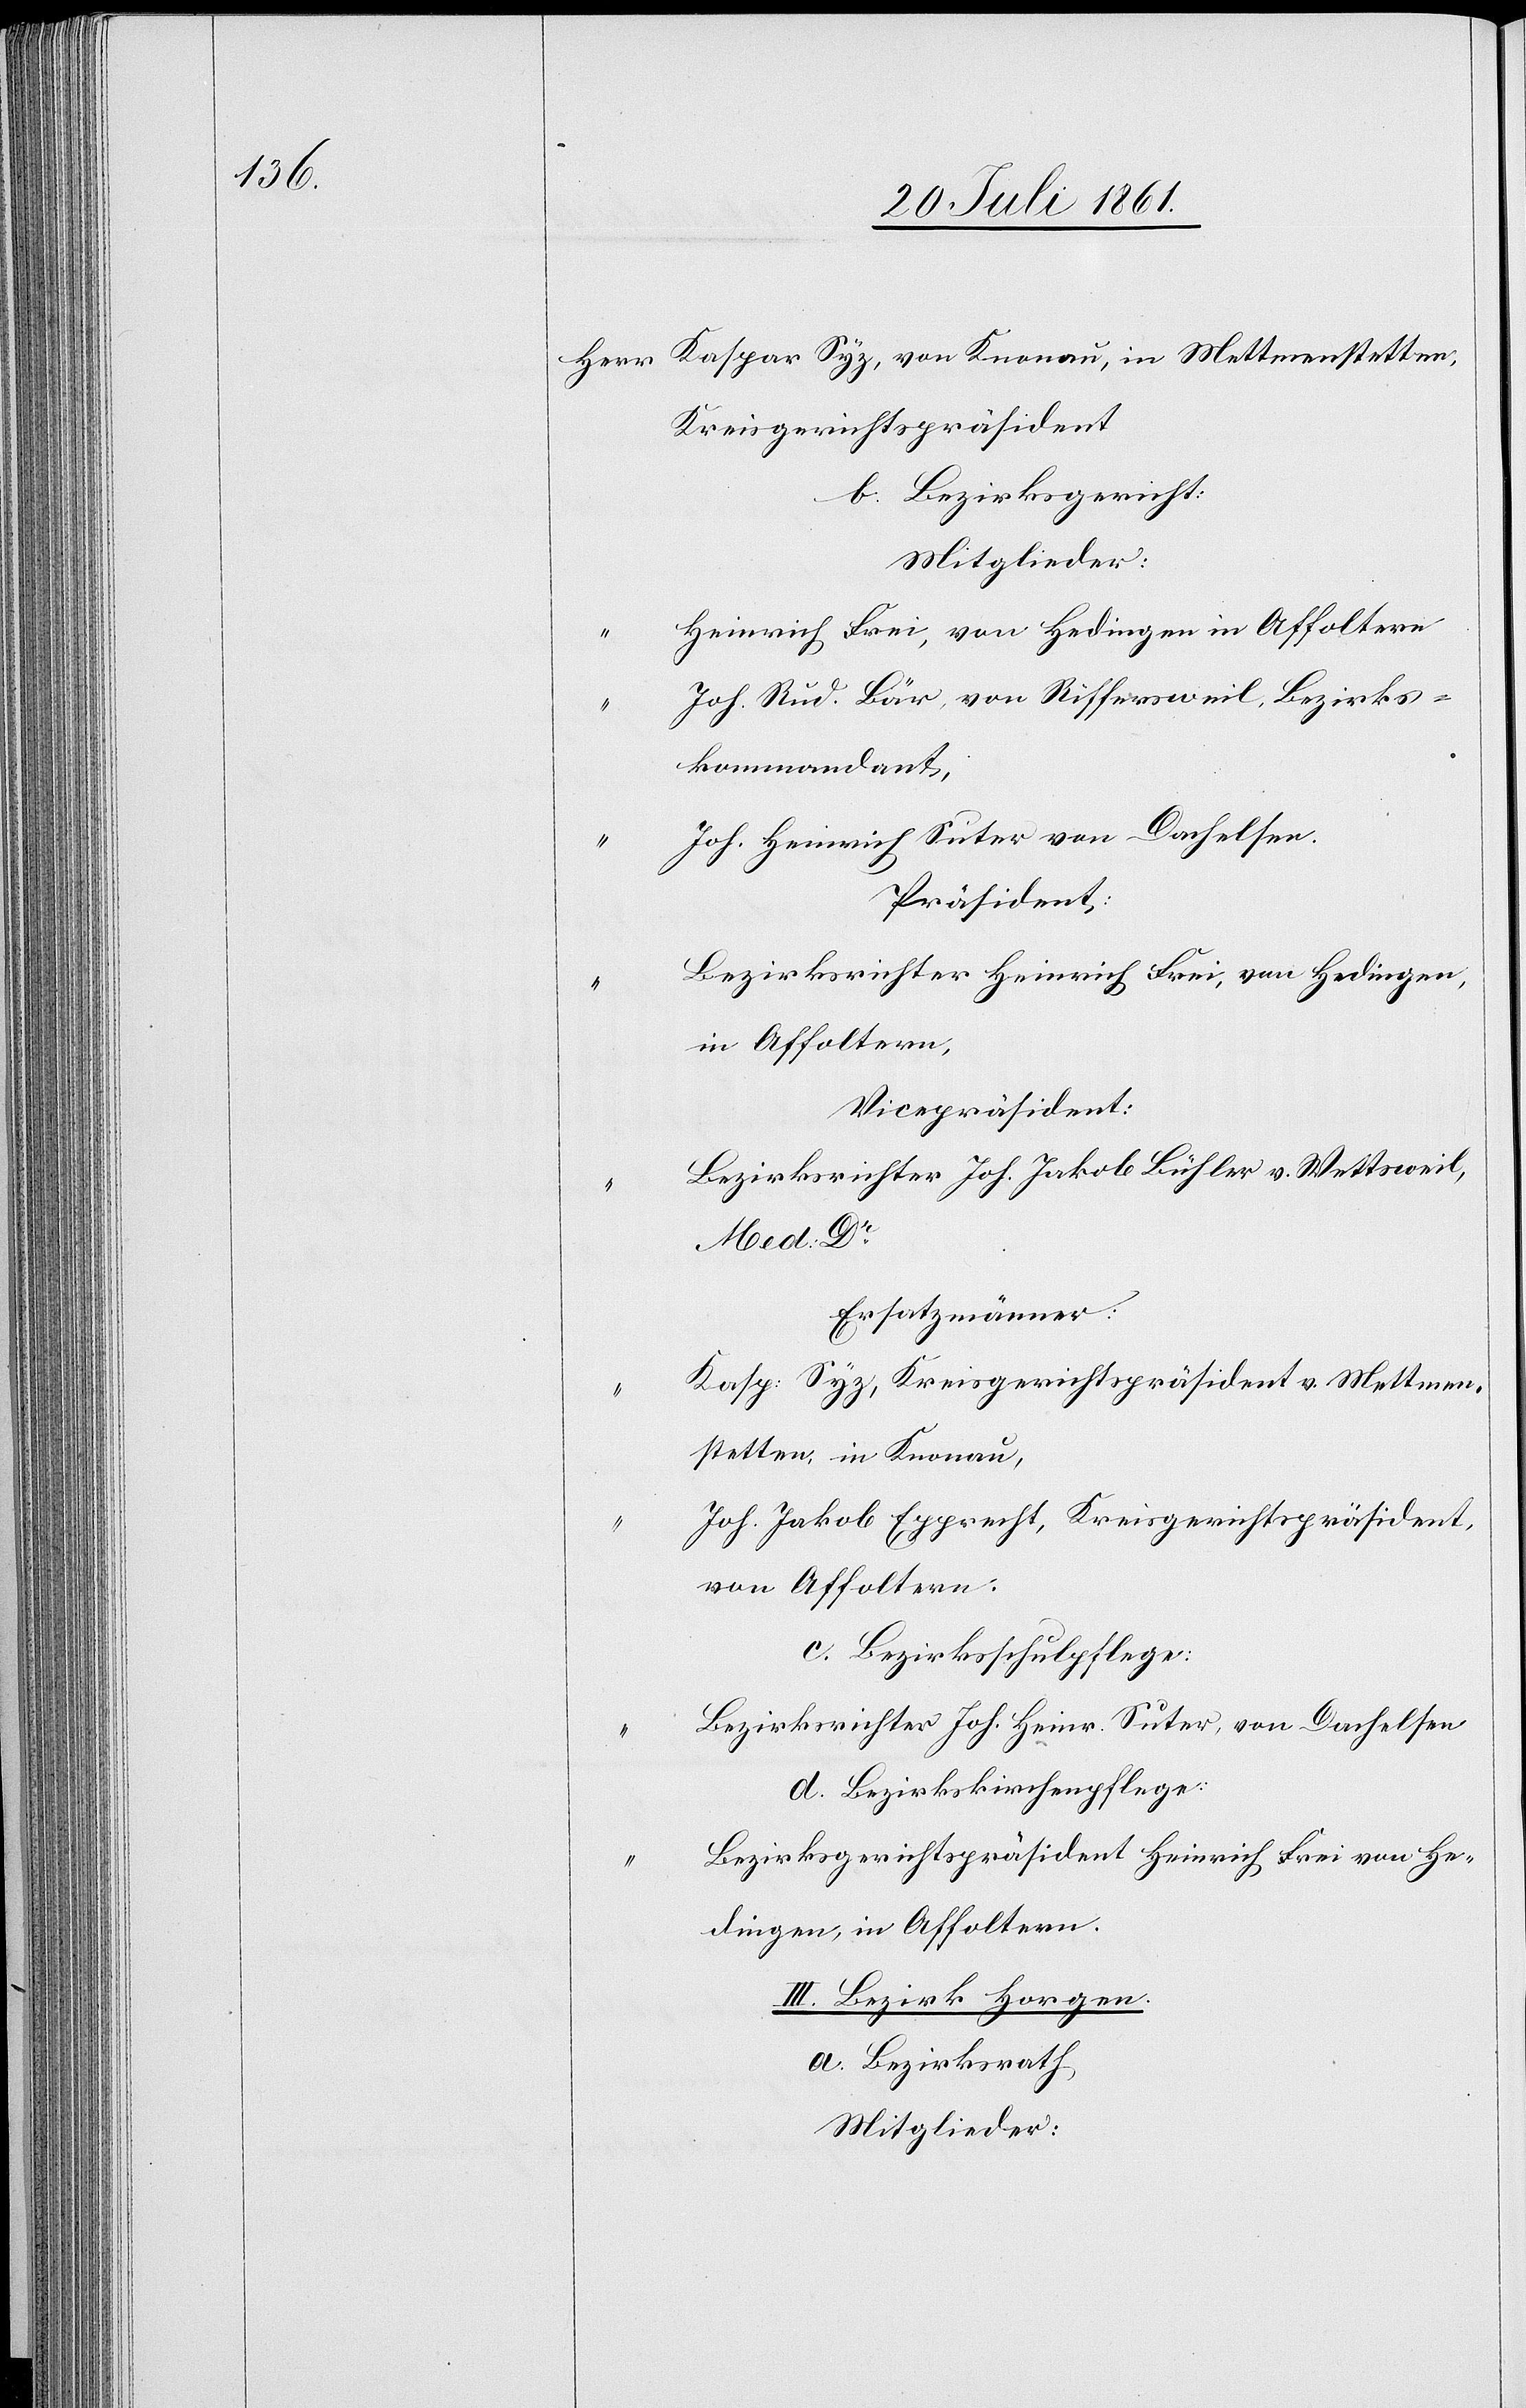
Herr Kaspar Syz, von Knonau, in Mettmenstetten,
Kreisgerichtspräsident
b. Bezirksgericht:
Mitglieder:
Heinrich Frei, von Hedingen in Affoltern
Joh. Rud. Bär, von Riffersweil, Bezirks¬
kommandant,
Joh. Heinrich Suter von Dachelsen.
Präsident:
Bezirksrichter Heinrich Frei, von Hedingen,
in Affoltern,
Vicepräsident:
Bezirksrichter Joh. Jakob Bühler v. Wettsweil,
Med Dr.
Ersatzmänner:
Kasp. Syz, Kreisgerichtspräsident v. Mettmen¬
stetten, in Knonau,
Joh. Jakob Epprecht, Kreisgerichtspräsident,
von Affoltern.
c. Bezirksschulpflege:
Bezirksrichter Joh. Heinr. Suter, von Dachselsen
d. Bezirkskirchenpflege:
Bezirksgerichtspräsident Heinrich Frei von He¬
dingen, in Affoltern.
III. Bezirk Horgen.
a. Bezirksrath
Mitglieder: